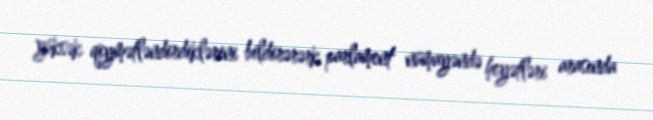
yüksək qiymətləndirdiklərini bildirərərk parlament nümayəndə heyətləri arasında